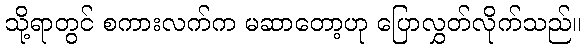
သို့ရာတွင် စကားလက်က မဆာတော့ဟု ပြောလွှတ်လိုက်သည်။